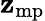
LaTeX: \mathbf{z}_{\mathrm{{mp}}}